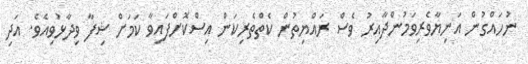
ނުހައްގުން އަނިޔާވެރިވަމުންދާއިރު ވެސް ރައްޔިތުން ކެތްތެރިކަން އިސްކޮށްފައިވާ ކަމަށް ޝިފާ ވިދާޅުވިއެވެ. އަދި